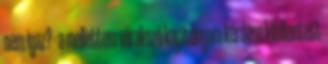
nem igaz? - a mellettem várakozó kapitányom kérdése kibillentett